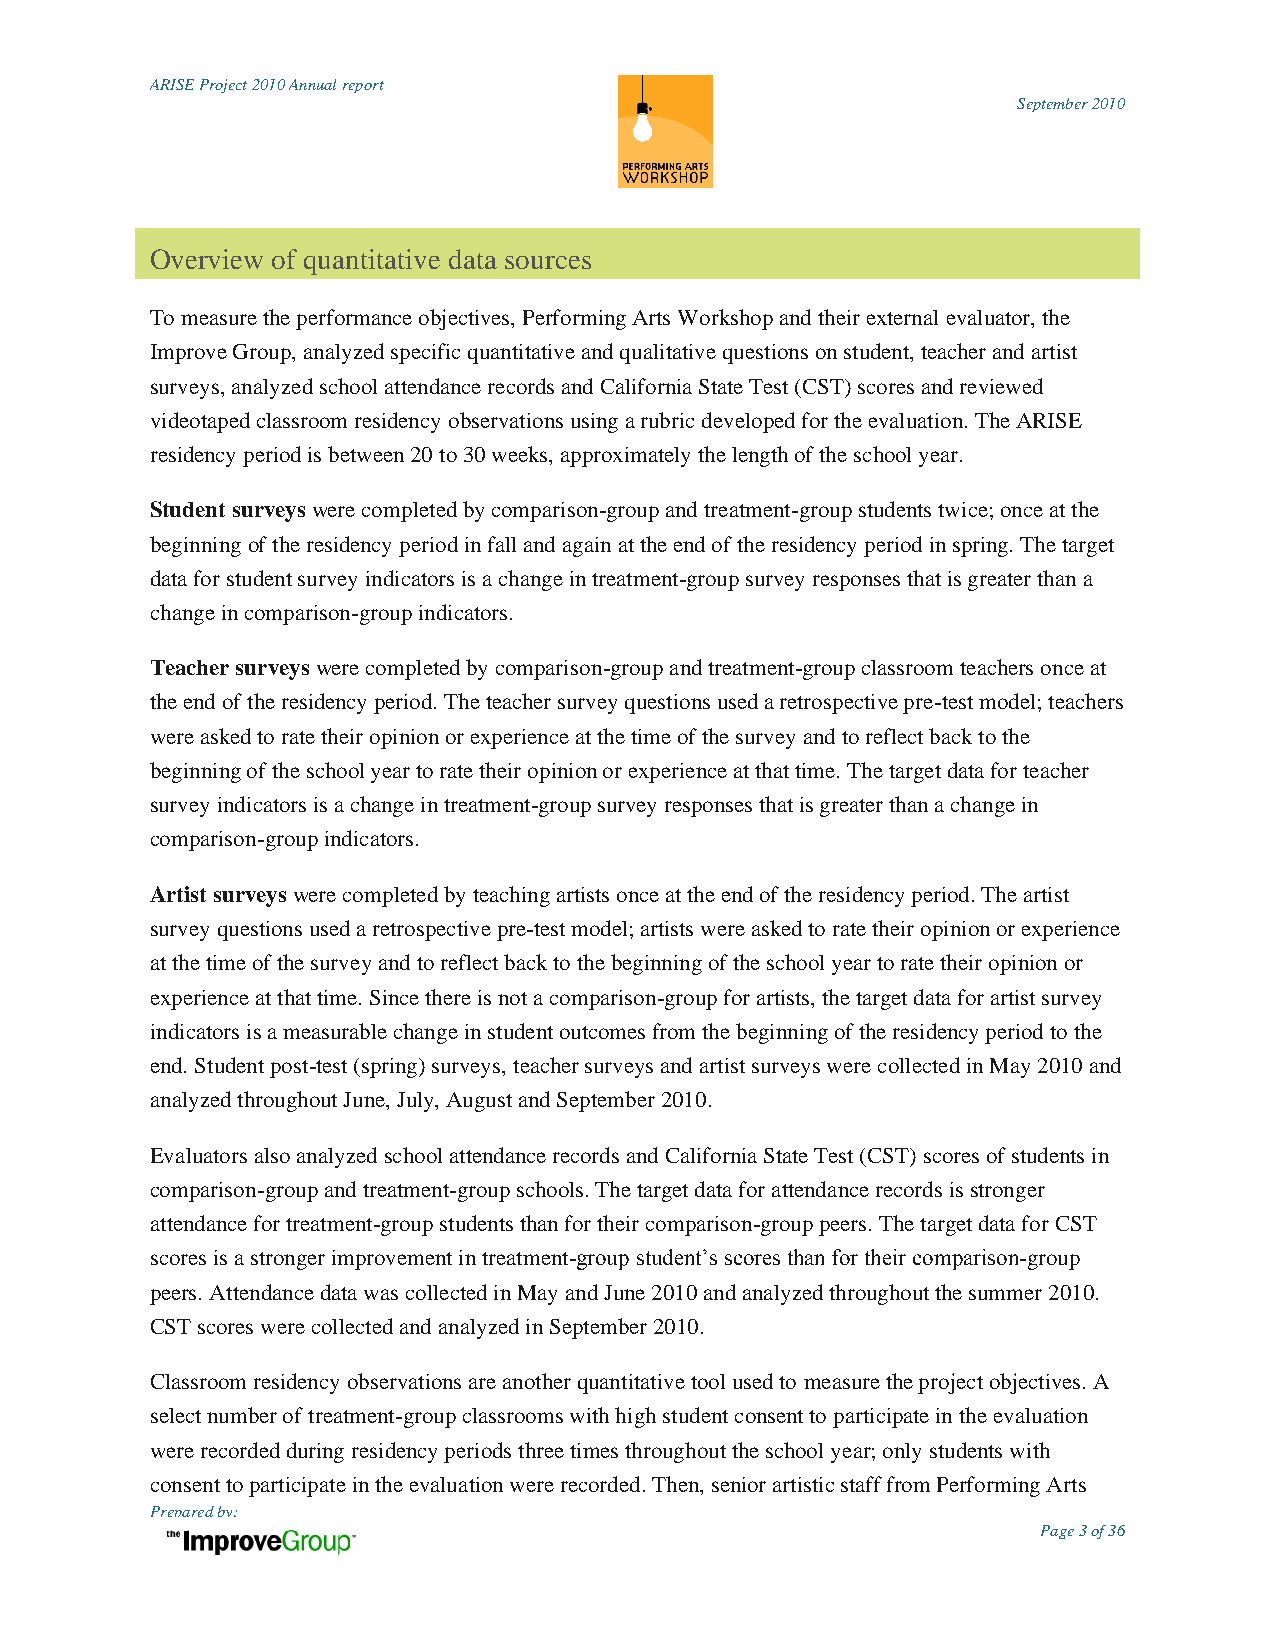
ARISE Project 2010 Annual report
 September 2010
 Overview of quantitative data sources
 To measure the performance objectives, Performing Arts Workshop and their external evaluator, the
 Improve Group, analyzed specific quantitative and qualitative questions on student, teacher and artist
 surveys, analyzed school attendance records and California State Test (CST) scores and reviewed
 videotaped classroom residency observations using a rubric developed for the evaluation. The ARISE
 residency period is between 20 to 30 weeks, approximately the length of the school year.
 Student surveys were completed by comparison-group and treatment-group students twice; once at the
 beginning of the residency period in fall and again at the end of the residency period in spring. The target
 data for student survey indicators is a change in treatment-group survey responses that is greater than a
 change in comparison-group indicators.
 Teacher surveys were completed by comparison-group and treatment-group classroom teachers once at
 the end of the residency period. The teacher survey questions used a retrospective pre-test model; teachers
 were asked to rate their opinion or experience at the time of the survey and to reflect back to the
 beginning of the school year to rate their opinion or experience at that time. The target data for teacher
 survey indicators is a change in treatment-group survey responses that is greater than a change in
 comparison-group indicators.
 Artist surveys were completed by teaching artists once at the end of the residency period. The artist
 survey questions used a retrospective pre-test model; artists were asked to rate their opinion or experience
 at the time of the survey and to reflect back to the beginning of the school year to rate their opinion or
 experience at that time. Since there is not a comparison-group for artists, the target data for artist survey
 indicators is a measurable change in student outcomes from the beginning of the residency period to the
 end. Student post-test (spring) surveys, teacher surveys and artist surveys were collected in May 2010 and
 analyzed throughout June, July, August and September 2010.
 Evaluators also analyzed school attendance records and California State Test (CST) scores of students in
 comparison-group and treatment-group schools. The target data for attendance records is stronger
 attendance for treatment-group students than for their comparison-group peers. The target data for CST
 scores is a stronger improvement in treatment-group student‟s scores than for their comparison-group
 peers. Attendance data was collected in May and June 2010 and analyzed throughout the summer 2010.
 CST scores were collected and analyzed in September 2010.
 Classroom residency observations are another quantitative tool used to measure the project objectives. A
 select number of treatment-group classrooms with high student consent to participate in the evaluation
 were recorded during residency periods three times throughout the school year; only students with
 consent to participate in the evaluation were recorded. Then, senior artistic staff from Performing Arts
 Prepared by:
 Page 3 of 36